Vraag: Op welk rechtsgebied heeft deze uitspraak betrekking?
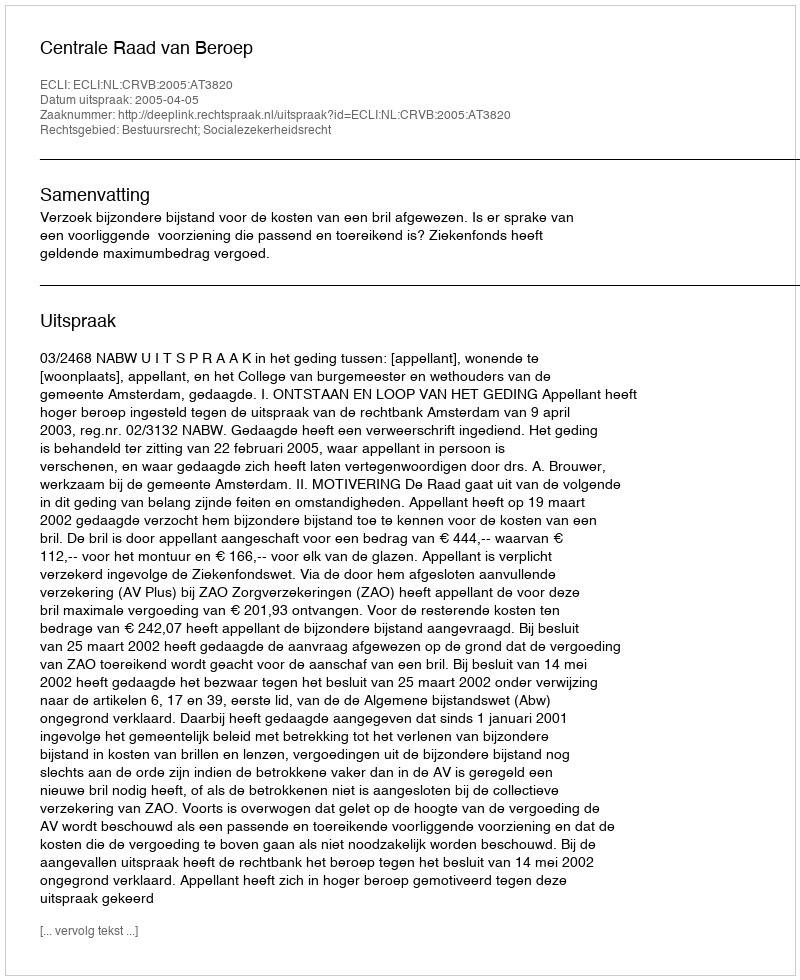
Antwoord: Bestuursrecht; Socialezekerheidsrecht